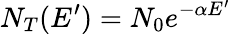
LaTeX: N_{T}(E^{\prime})=N_{0}e^{-\alpha E^{\prime}}